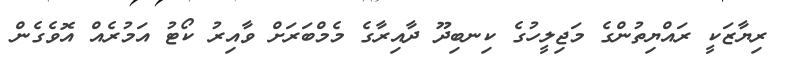
ރިޔާޒަކީ ރައްޔިތުންގެ މަޖިލީހުގެ ކިނބިދޫ ދާއިރާގެ މެމްބަރަށް ވާއިރު ކޯޓު އަމުރެއް އޮވެގެން